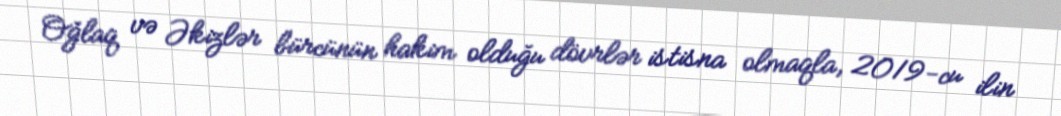
Oğlaq və Əkizlər bürcünün hakim olduğu dövrlər istisna olmaqla, 2019-cu ilin